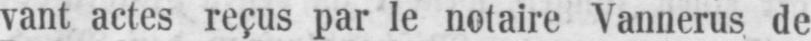
vant actes reçus par le notaire Vannerus de